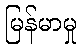
မြန်မာမှု